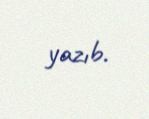
yazıb.